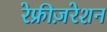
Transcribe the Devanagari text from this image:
रेफ्रीज़रेशन